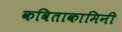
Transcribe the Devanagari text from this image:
कविताकामिनी